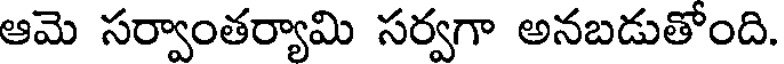
ఆమె సర్వాంతర్యామి సర్వగా అనబడుతోంది.